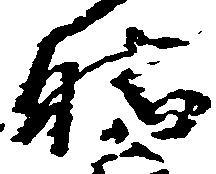
勝